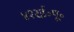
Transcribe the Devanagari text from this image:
४१२ई॰पू॰